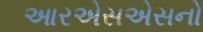
આરએસએસનો